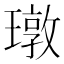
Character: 㻻